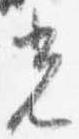
光